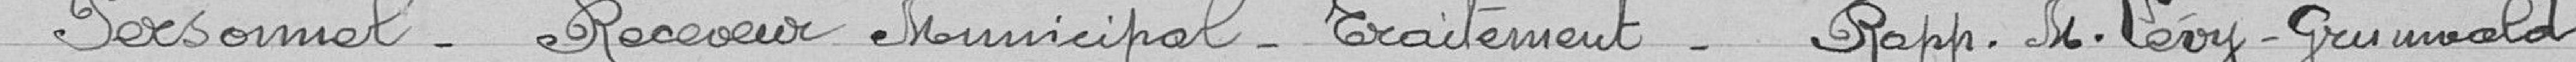
Personnel - receveur municipal - traitement - rapporteur monsieur Lévy-Grünwald